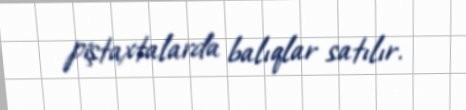
piştaxtalarda balıqlar satılır.